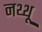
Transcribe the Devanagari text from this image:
नथ्थू